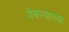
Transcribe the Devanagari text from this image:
येवल्याच्या